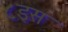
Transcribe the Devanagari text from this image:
८इस